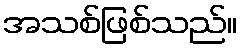
အသစ်ဖြစ်သည်။